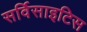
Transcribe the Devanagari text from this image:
सर्विसाइटिस